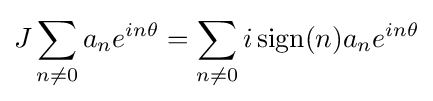
J\sum _{n\neq 0}a_{n}e^{in\theta }=\sum _{n\neq 0}i\operatorname {sign} (n)a_{n}e^{in\theta }